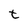
Character: t